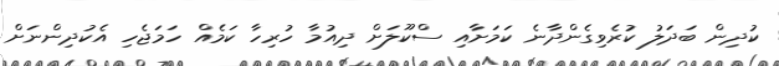
ކުދިން ބަދަލު ކުރެވިގެންދާނެ ކަމަށާއި ސްކޫލަށް ދިއުމާ ހުރިހާ ކަމެއް ހަމަޖެހި އެކުދިންނަށް